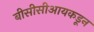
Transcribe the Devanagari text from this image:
बीसीसीआयकडून